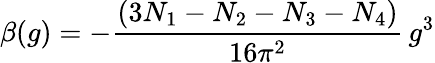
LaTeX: \beta(g)=-\frac{(3N_{1}-N_{2}-N_{3}-N_{4})}{16\pi^{2}}\, g^{3}